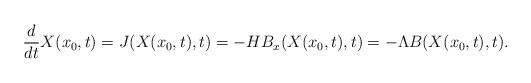
LaTeX: \begin{align*}\frac{d}{dt} X(x_0, t)=J(X(x_0, t), t)=-HB_x(X(x_0, t), t)=-\Lambda B(X(x_0, t), t).\end{align*}